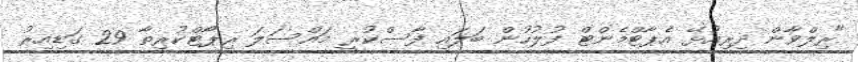
"ރިލްވާން ދިރިއުޅޭ އެޕާޓްމެންޓް ފުލުހުން ބަލައި ފާސްކުރީ މައްސަލަ ރިޕޯޓްކުރިތާ 29 ގަޑިއިރު